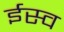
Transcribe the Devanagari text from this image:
ईस्व